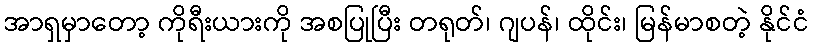
အာရှမှာတော့ ကိုရီးယားကို အစပြုပြီး တရုတ်၊ ဂျပန်၊ ထိုင်း၊ မြန်မာစတဲ့ နိုင်ငံ